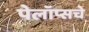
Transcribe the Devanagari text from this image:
पेलॉप्सचे